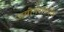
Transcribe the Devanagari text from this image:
जयोगराफीक